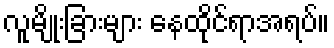
လူမျိုးခြားများ နေထိုင်ရာအရပ်။